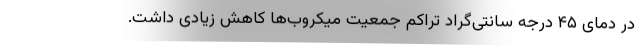
در دمای ۴۵ درجه سانتی‌گراد تراکم جمعیت میکروب‌ها کاهش زیادی داشت.